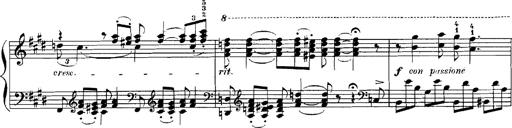
Title: Rhapsodies hongroises
Composer: Franz Liszt